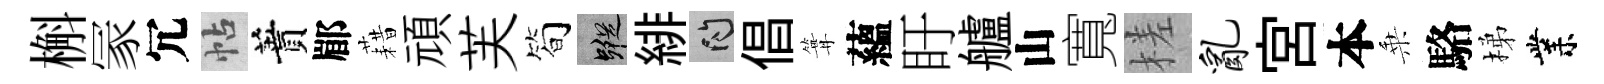
槲冡冗帖蕡郿藉頑芙简蹤緋問倡篝蘊盱艫山寬槎乱宫本乗駱梯業